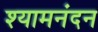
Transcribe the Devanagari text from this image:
श्यामनंदन